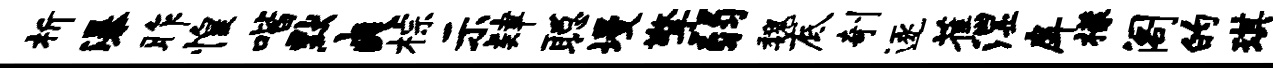
析瀑昨惶喈默爽棕示肄聪墁擎弱魏底剞逐蕉湿戽檬阁的琪